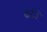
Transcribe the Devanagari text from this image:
तटीं